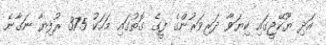
އަދި ޔޫކޭޖީގައި ކިޔަވާ ދަރިވަރުންގެ ފީގެ ގޮތުގައި މަހަކު 375 ރުފިޔާ ނަގާނެ